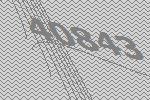
40843